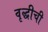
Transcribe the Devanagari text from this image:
वृद्धीची